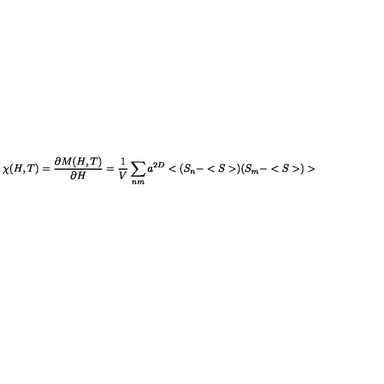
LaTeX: \chi ( H , T ) = \frac { \partial M ( H , T ) } { \partial H } = \frac { 1 } { V } \sum _ { n m } a ^ { 2 D } < ( S _ { n } - < S > ) ( S _ { m } - < S > ) >